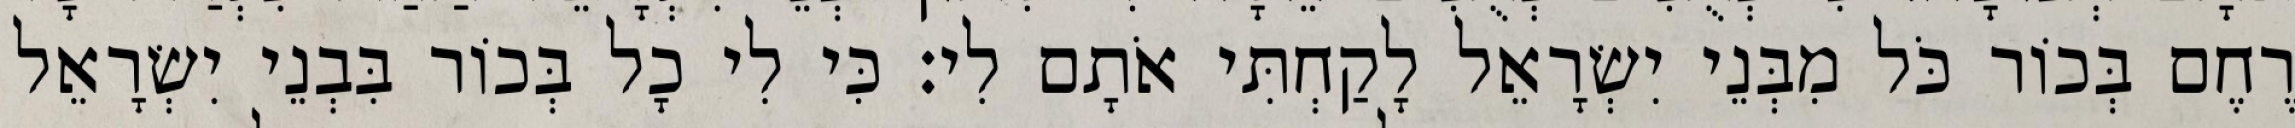
רֶחֶם בְּכוֹר כֹּל מִבְּנֵי יִשְׂרָאֵל לָקַחְתִּי אֹתָם לִי׃ כִּי לִי כָל בְּכוֹר בִּבְנֵי יִשְׂרָאֵל